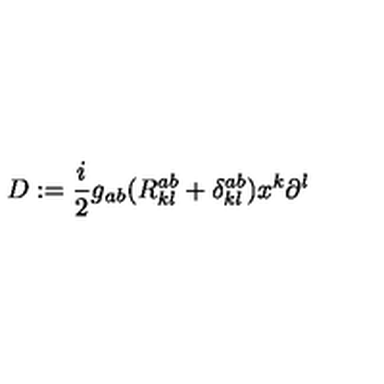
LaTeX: D : = \frac { i } { 2 } g _ { a b } ( R _ { k l } ^ { a b } + \delta _ { k l } ^ { a b } ) x ^ { k } \partial ^ { l }